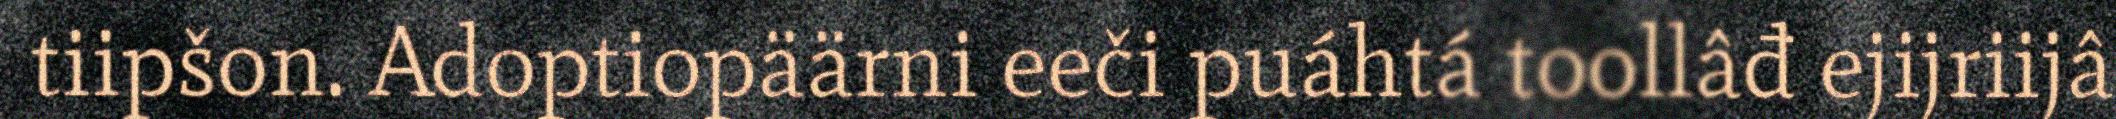
tiipšon. Adoptiopäärni eeči puáhtá toollâđ ejijriijâ